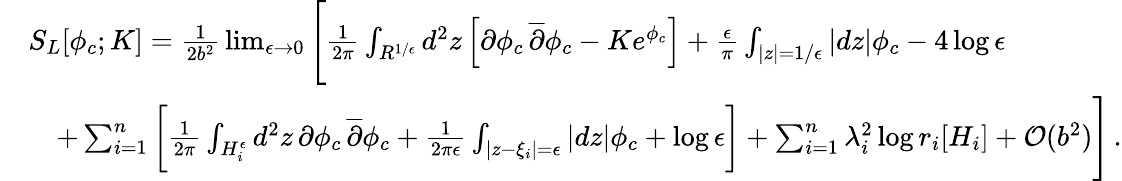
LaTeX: \begin{array}{rl}&{S_{L}[\phi_{c};K]={\frac{1}{2b^{2}}}\operatorname*{lim}_{\epsilon\to 0}\Bigg[{\frac{1}{2\pi}}\int_{R^{1/\epsilon}}d^{2}z\left[\partial\phi_{c}\, \overline{{\partial}}\phi_{c}-Ke^{\phi_{c}}\right]+{\frac{\epsilon}{\pi}}\int_{|z|=1/\epsilon}|dz|\phi_{c}-4\log\epsilon}\\ &{\quad+\sum_{i=1}^{n}\bigg[{\frac{1}{2\pi}}\int_{H_{i}^{\epsilon}}d^{2}z\, \partial\phi_{c}\, \overline{{\partial}}\phi_{c}+{\frac{1}{2\pi\epsilon}}\int_{|z-\xi_{i}|=\epsilon}|dz|\phi_{c}+\log\epsilon\bigg]+\sum_{i=1}^{n}\lambda_{i}^{2}\log r_{i}[H_{i}]+\mathcal{O}(b^{2})\Bigg]\, .}\end{array}